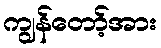
ကျွန်တော့်အား